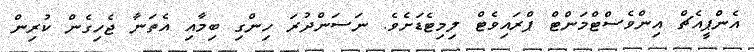
އެންޕީއެޗް އިންވެސްޓްމަންޓް ޕްރައިވެޓް ލިމިޓެޑަށެވެ. ނަސަންދުރަ ހިންގި ބިމާއި އެތަނާ ޖެހިގެން ކުރިން